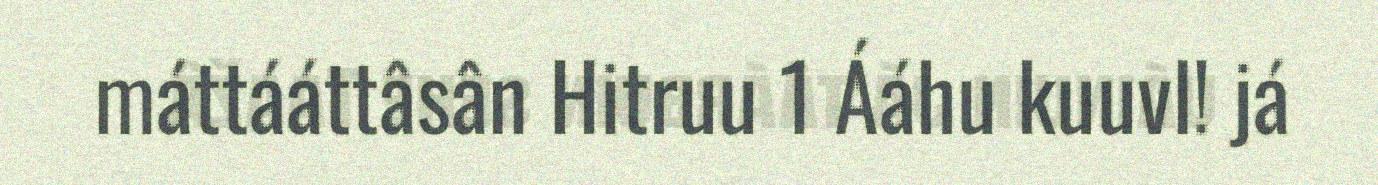
máttááttâsân Hitruu 1 Ááhu kuuvl! já